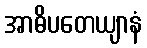
အာဓိပတေယျာနံ